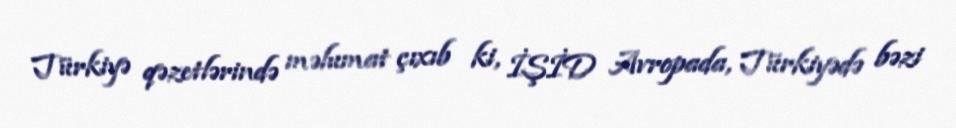
Türkiyə qəzetlərində məlumat çıxıb ki, İŞİD Avropada, Türkiyədə bəzi